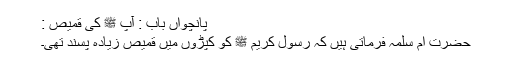
پانچواں باب : آپ ﷺ کی قمیص :
حضرت ام سلمہ فرماتی ہیں کہ رسول کریم ﷺ کو کپڑوں میں قمیص زیادہ پسند تھی۔